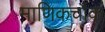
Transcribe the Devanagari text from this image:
माणिकचौक